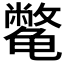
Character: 𱍈